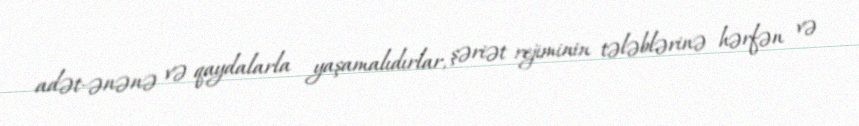
adət-ənənə və qaydalarla yaşamalıdırlar, şəriət rejiminin tələblərinə hərfən və